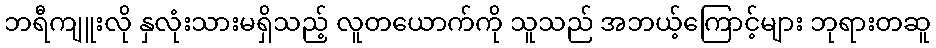
ဘရီကျူးလို နှလုံးသားမရှိသည့် လူတယောက်ကို သူသည် အဘယ့်ကြောင့်များ ဘုရားတဆူ